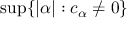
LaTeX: \operatorname* { s u p } \{ | \alpha | : c _ { \alpha } \neq 0 \}